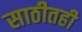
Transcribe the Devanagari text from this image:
साठीतही